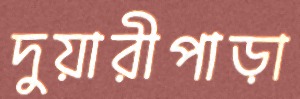
দুয়ারীপাড়া